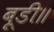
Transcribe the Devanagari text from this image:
बूडी॥